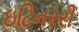
ઇટિનરરી